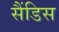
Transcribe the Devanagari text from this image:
सैंडिस